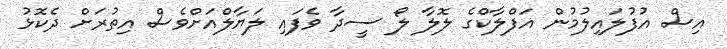
އިސް އުފުލައިލުމުން އަފްލާކްގެ ލޮލާ ލޯ ސީދާ ވެފައި ލަޔާލްއަށްވެސް އިތުރަށް ދެކޮޅު